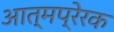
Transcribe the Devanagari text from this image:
आत्मप्रेरक